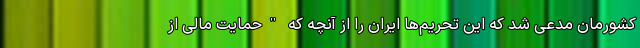
کشورمان مدعی شد که این تحریم‌ها ایران را از آنچه که "حمایت مالی از